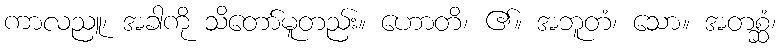
ကာလညူ၊ အခါကို သိတော်မူတည်း။ ဟောတိ၊ ၏။ အဘူတံ၊ သော။ အတစ္ဆံ၊